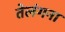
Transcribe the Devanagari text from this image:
तेलंगना